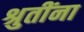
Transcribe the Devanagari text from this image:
श्रुतींना